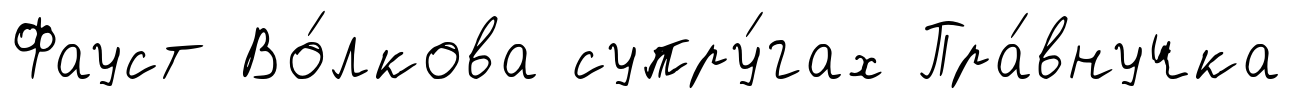
Фауст Во́лкова супру́гах Пра́внучка